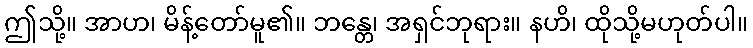
ဤသို့။ အာဟ၊ မိန့်တော်မူ၏။ ဘန္တေ၊ အရှင်ဘုရား။ နဟိ၊ ထိုသို့မဟုတ်ပါ။